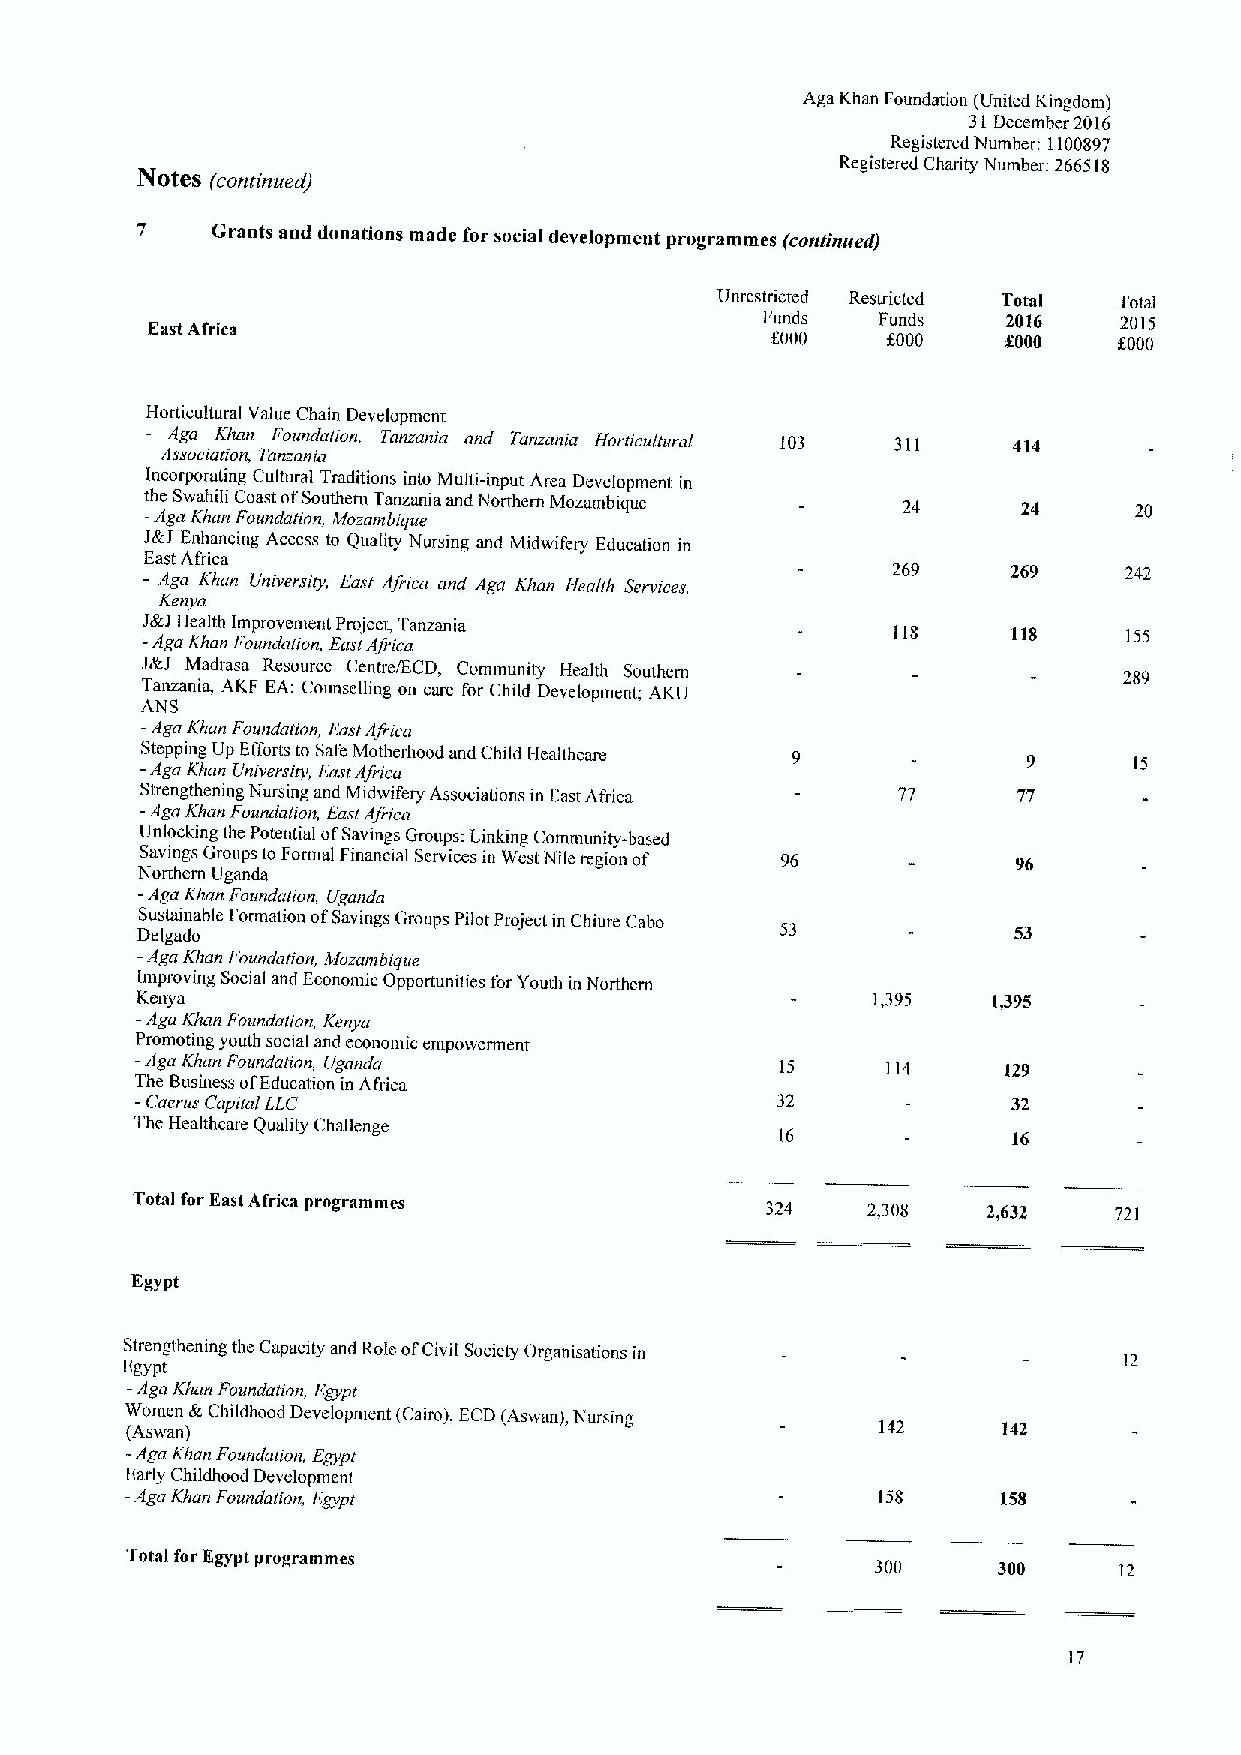
Aga Khan Foundation (United Kingdom)
 31December 2016
 Registered Number: 1100897
 Registered Charity Number. 266518
 NOteS (continued)
 7    Grants and donations made for social development programmes (continued)
 Unrestricted Restricted Total Total
 East Africa                             Funds   Funds    2016   2015
 f000    f000    f000   6000
 Horticultural Value Chain Development
 Aga Khan Foundalion, Tanzania and Tanzama Horticulnrral 103 311 414
 Association, Tan-ania
 Incorporating Cultural Traditions into Multi-input Area Development in
 t -h Ae gaSw Kah hi al ni C Foo ua nst dao trf onS ,outh Me orn anT ra bn iqz ua enia and Northern Mozambique 24 24 20
 J&J Enhancing Access to Quality Nursing and Midwifery Education in
 East Africa
 - Aga K/ran University, East Africa and Aga Khan llealth Services, 269 269 242
 Kenya
 J -& AgJ aHe Ka hlt ah n I Fm op ur no dv ne im ioe nn ,t EP ar so ije Ac ft r, icT aanzania 118 118 155
 J&J Madrasa Resource Centre/ECD, Community Health Southern       289
 Tanzania, AKF EA: Counsclhng on care for Child Developmenii AKU
 ANS
 —Aga Khan Foundation, EastAfrrca
 Stepping Up Efforts to Safe Motherhood and Child Ilcalihcare
 -Aga Khan University, East Africa                                 15
 Strengthening Nursing and Midwifery Associations in East Africa 77 77
 —Aga Khan Foundalron, EastAfrica
 Unlocking the Potential ofSavings Groups: Linking Community-based
 Savings Groups to Formal Financial Services in West Nile region of 96 96
 Northern Uganda
 —Aga Khan Foundatron, Uganda
 Sustainable Formation ofSavings Groups Pilot Project in Chiure Cabo
 Delgado                                    53             53
 —Aga Khan Foundation, hlozarnbique
 Improving Social and Economic Opportunities for Youth in Northcm
 K.enya                                           1,395   1,395
 —Aga Khan Foundation, Kenya
 Promoting youth social and economic empowerment
 -
 Aga Khan Foundalion, Uganda               15     114    129
 The Business ofEducation in Africa
 -Caerus Capital LEC                       32              32
 The Healthcare Quahty Challenge
 16             16
 Total for East Africa programmes
 324   2,308   2,632    721
 Egypt
 Strengthenmg the Capacity and Role ofCivil Society Organisations in
 12
 Egypt
 -Aga Khan Foundalion, Egypt
 Women &Childhood Development. (Cairo), ECD (Aswan), Nursing
 (Aswan)                                           142     142
 -Aga Khan Foundaiion, Egypi
 Early Childhood Development
 -Aga Khan Foundolion, Egypt                       158     158
 Totalfor Egypt programmes
 300     300     12
 17